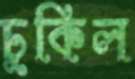
চুকিল